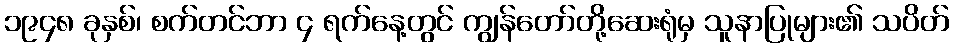
၁၉၄၈ ခုနှစ်၊ စက်တင်ဘာ ၄ ရက်နေ့တွင် ကျွန်တော်တို့ဆေးရုံမှ သူနာပြုများ၏ သပိတ်